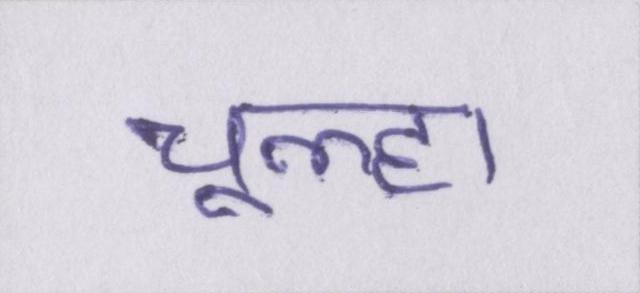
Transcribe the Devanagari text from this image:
चूल्हा